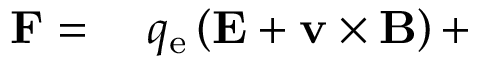
\begin{array} { r l } { \mathbf { F } = { } } & { { } q _ { \mathrm { e } } \left( \mathbf { E } + \mathbf { v } \times \mathbf { B } \right) + } \end{array}